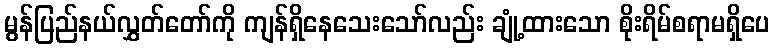
မွန်ပြည်နယ်လွှတ်တော်ကို ကျန်ရှိနေသေးသော်လည်း ချုံ့ထားသော စိုးရိမ်စရာမရှိပေ